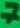
Text: 7